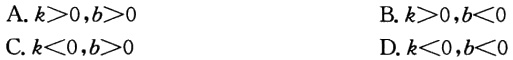
A. \(k > 0,b > 0\)
B. \(k > 0,b < 0\)
C. \(k < 0,b > 0\)
D. \(k < 0,b < 0\)